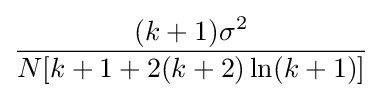
{{(k+1)\sigma ^{2}} \over {N[k+1+2(k+2)\ln(k+1)]}}